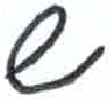
אות: ש